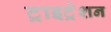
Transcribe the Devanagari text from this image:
ट्राइट्रेशन